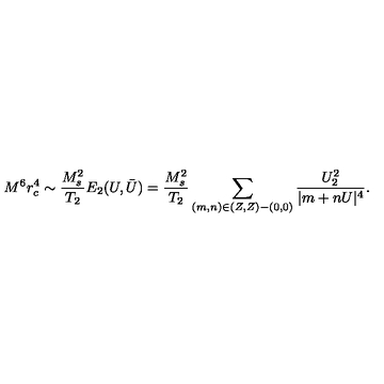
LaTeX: M ^ { 6 } r _ { c } ^ { 4 } \sim \frac { M _ { s } ^ { 2 } } { T _ { 2 } } E _ { 2 } ( U , \bar { U } ) = \frac { M _ { s } ^ { 2 } } { T _ { 2 } } \sum _ { ( m , n ) \in ( Z , Z ) - ( 0 , 0 ) } \frac { U _ { 2 } ^ { 2 } } { | m + n U | ^ { 4 } } .